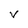
Character: v